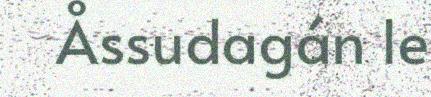
Åssudagán le